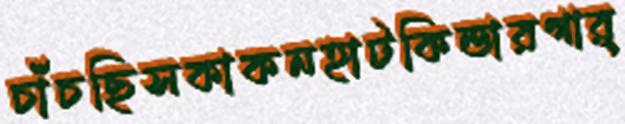
চাঁচছিসকাকনহাটকিন্ডারগার্